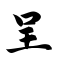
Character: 呈